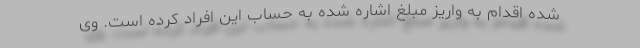
شده اقدام به واریز مبلغ اشاره شده به حساب این افراد کرده است. وی